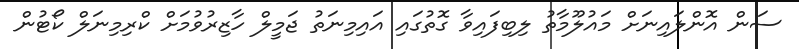
ސަން އޮންލައިނަށް މައުލޫމާތު ލިބިފައިވާ ގޮތުގައި އައިމިނަތު ޖަމީލް ހާޒިރުވުމަށް ކްރިމިނަލް ކޯޓުން